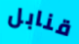
قنابل